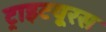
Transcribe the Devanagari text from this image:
ट्राइटयूरस